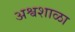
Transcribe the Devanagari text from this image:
अश्वशाळा